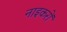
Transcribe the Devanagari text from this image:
नाइकरों